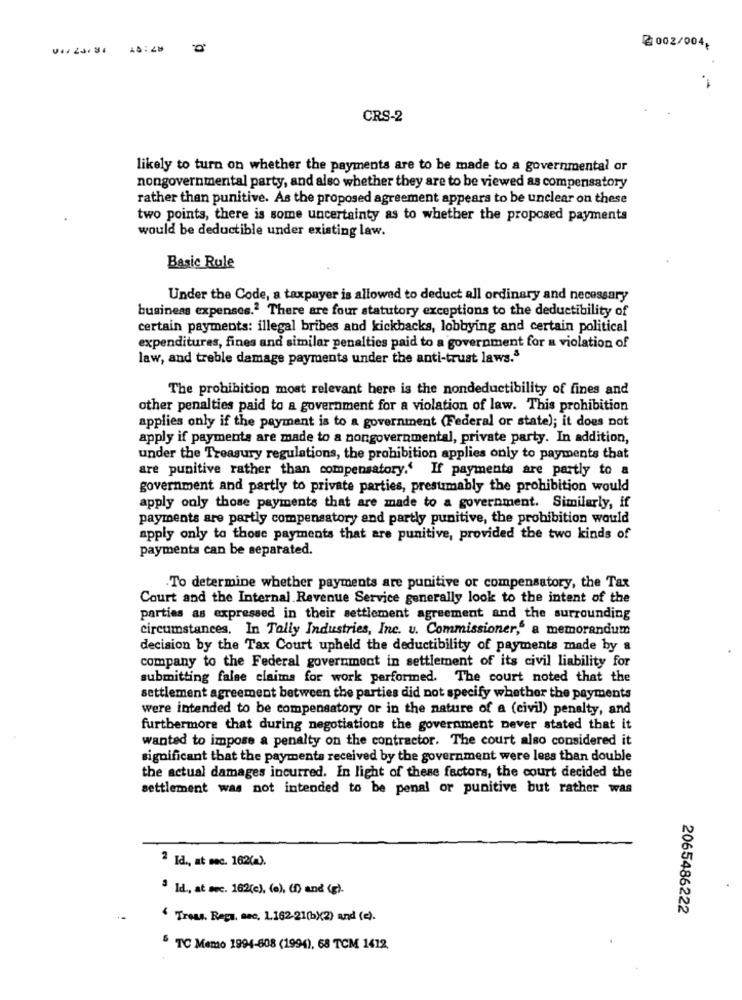
18:28
2002/004,
CRS-2
likely to turn on whether the payments are to be made to a governmental or
nongovernmental party, and also whether they are to be viewed as compensatory
rather than punitive. As the proposed agreement appears to be unclear on these
two points, there is some uncertainty as to whether the proposed payments
would be deductible under existing law.
Basic Rule
Under the Code, a taxpayer is allowed to deduct all ordinary and necessary
business expenses.2 There are four statutory exceptions to the deductibility of
certain payments: illegal bribes and kickbacks, lobbying and certain political
expenditures, fines and similar penalties paid to a government for a violation of
law, and treble damage payments under the anti-trust laws.S
The prohibition most relevant here is the nondeductibility of fines and
other penalties paid to a government for a violation of law. This prohibition
applies only if the payment is to a government (Federal or state); it does not
apply if payments are made to a nongovernmental, private party. In addition,
under the Treasury regulations, the prohibition applies only to payments that
are punitive rather than compensatory.' If payments are partly to a
government and partly to private parties, presumably the prohibition would
apply only those payments that are made to a government. Similarly, if
payments are partly compensatory and partly punitive, the prohibition would
apply only to those payments that are punitive, provided the two kinds of
payments can be separated.
To determine whether payments are punitive or compensatory, the Tax
Court and the Internal Revenue Service generally look to the intent of the
parties as expressed in their settlement agreement and the surrounding
circumstances. In Tally Industries, Inc. v. Commissioner," a memorandum
decision by the Tax Court upheld the deductibility of payments made by &
company to the Federal government in settlement of its civil liability for
submitting false claims for work performed. The court noted that the
settlement agreement between the parties did not specify whether the payments
were intended to be compensatory or in the nature of a (civil) penalty, and
furthermore that during negotiations the government never stated that it
wanted to impose a penalty on the contractor. The court also considered it
significant that the paymenta received by the government were less than double
the actual damages incurred. In light of these factors, the court decided the
settlement was not intended to be penal or punitive but rather was
2 Id ., at mec. 162(a).
3 Id ., at sec. 162(c), (0), (f) and (g).
2065486222
' Tross. Regu, sec. 1.162.21(b)(2) and (c).
5 TC Memo 1994-808 (1994), 68 TCM 1412